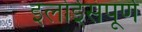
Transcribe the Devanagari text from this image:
इलोईसंपूर्ण